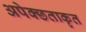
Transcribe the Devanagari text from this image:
अपेक्छताकृत